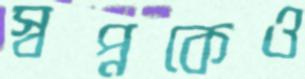
স্বপ্নকেও